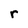
Character: r